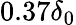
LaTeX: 0.37\delta_{0}